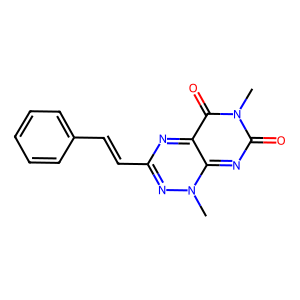
SMILES: Cn1nc(C=Cc2ccccc2)nc2c(=O)n(C)c(=O)nc1-2
Inhibits HIV replication: No